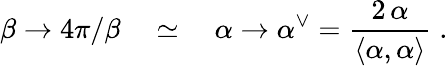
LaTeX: \beta\rightarrow 4\pi/\beta\quad\simeq\quad\alpha\rightarrow\alpha^{\vee}=\frac{2\, \alpha}{\left\langle\alpha,\alpha\right\rangle}\; .